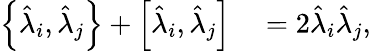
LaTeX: \begin{array}{rl}{\left\{ \hat{\lambda}_{i},\hat{\lambda}_{j}\right\} +\left[\hat{\lambda}_{i},\hat{\lambda}_{j}\right]}&{{}=2\hat{\lambda}_{i}\hat{\lambda}_{j},}\end{array}